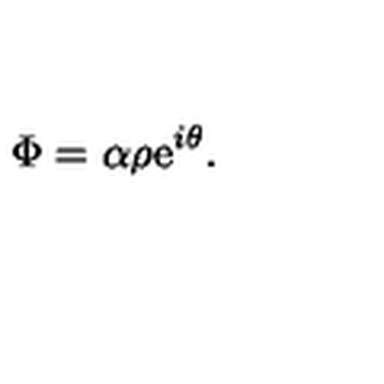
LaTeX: \Phi = \alpha \rho \mathrm { e } ^ { i \theta } .